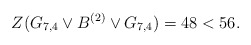
\begin{align*} Z(G_{7,4}\vee B^{(2)}\vee G_{7,4})=48<56. \end{align*}